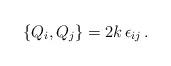
LaTeX: \begin{align*}\left\{ Q_i, Q_j \right\} = 2k \, \epsilon_{ij}\, .\end{align*}